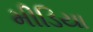
મીડિયા